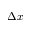
\Delta x